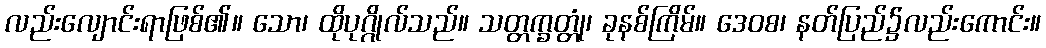
လည်းလျောင်းရာဖြစ်၏။ သော၊ ထိုပုဂ္ဂိုလ်သည်။ သတ္တက္ခတ္တုံ၊ ခုနစ်ကြိမ်။ ဒေဝစ၊ နတ်ပြည်၌လည်းကောင်း။